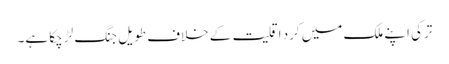
ترکی اپنے ملک میں کرد اقلیت کے خلاف طویل جنگ لڑ چکا ہے۔